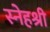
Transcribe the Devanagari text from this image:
स्नेहश्री